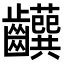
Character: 𬹹